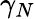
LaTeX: \gamma_{N}